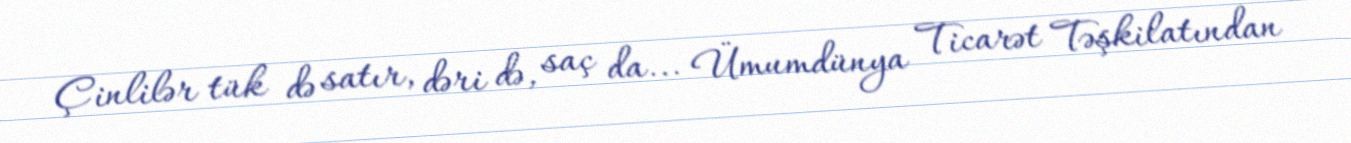
Çinlilər tük də satır, dəri də, saç da... Ümumdünya Ticarət Təşkilatından